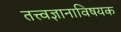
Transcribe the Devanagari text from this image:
तत्त्वज्ञानाविषयक